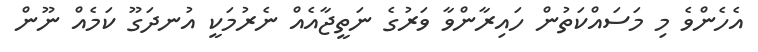
އެހެންވެ މި މަސައްކަތުން ހައިރާންވާ ވަރުގެ ނަތީޖާއެއް ނެރުމަކީ އުނދަގޫ ކަމެއް ނޫން